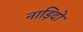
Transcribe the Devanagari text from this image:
नाड़िदो